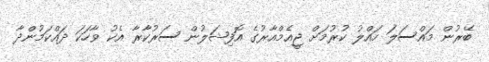
ބޭރުން މައްސަލަ ހައްލު ކުރުމަށް ޖީއެމްއާރުގެ އޮފިޝަލުން ސަރުކާރާ އެކު ވާހަކަ ދައްކަމުންދާ